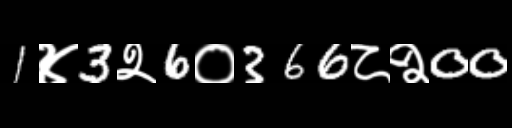
Text: 1४3२6०366८२00